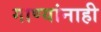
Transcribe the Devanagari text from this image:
गाण्यांनाही